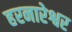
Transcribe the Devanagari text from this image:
हरनारेश्वर